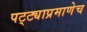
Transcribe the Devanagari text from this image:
पट्ट्याप्रमाणेच